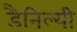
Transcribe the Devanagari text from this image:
डैनिल्यी